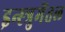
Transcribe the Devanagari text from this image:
इन्स्त्रुमेंतल